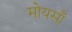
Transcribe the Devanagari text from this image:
मोयसाँ